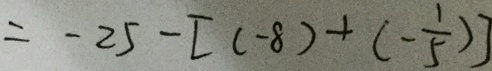
= - 2 5 - [ ( - 8 ) + ( - \frac { 1 } { 5 } ) ]